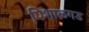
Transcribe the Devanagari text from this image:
पिशाळगड